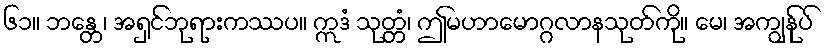
၆၁။ ဘန္တေ၊ အရှင်ဘုရားကဿပ။ ဣဒံ သုတ္တံ၊ ဤမဟာမောဂ္ဂလာနသုတ်ကို။ မေ၊ အကျွန်ုပ်